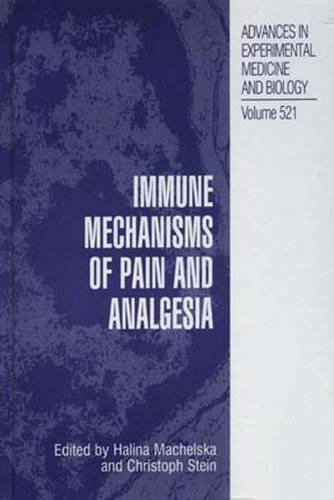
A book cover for Immune Mechanisms of Pain and Analgesia (Advances in Experimental Medicine and Biology); Medical Books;